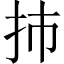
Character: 㧊